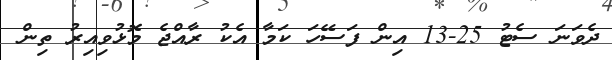
ދެވަނަ ސެޓު 25-13 އިން ފަސޭހަ ކަމާ އެކު ރާއްޖެ މޮޅުވިއިރު ތިން